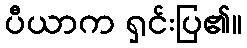
ပီယာက ရှင်းပြ၏။